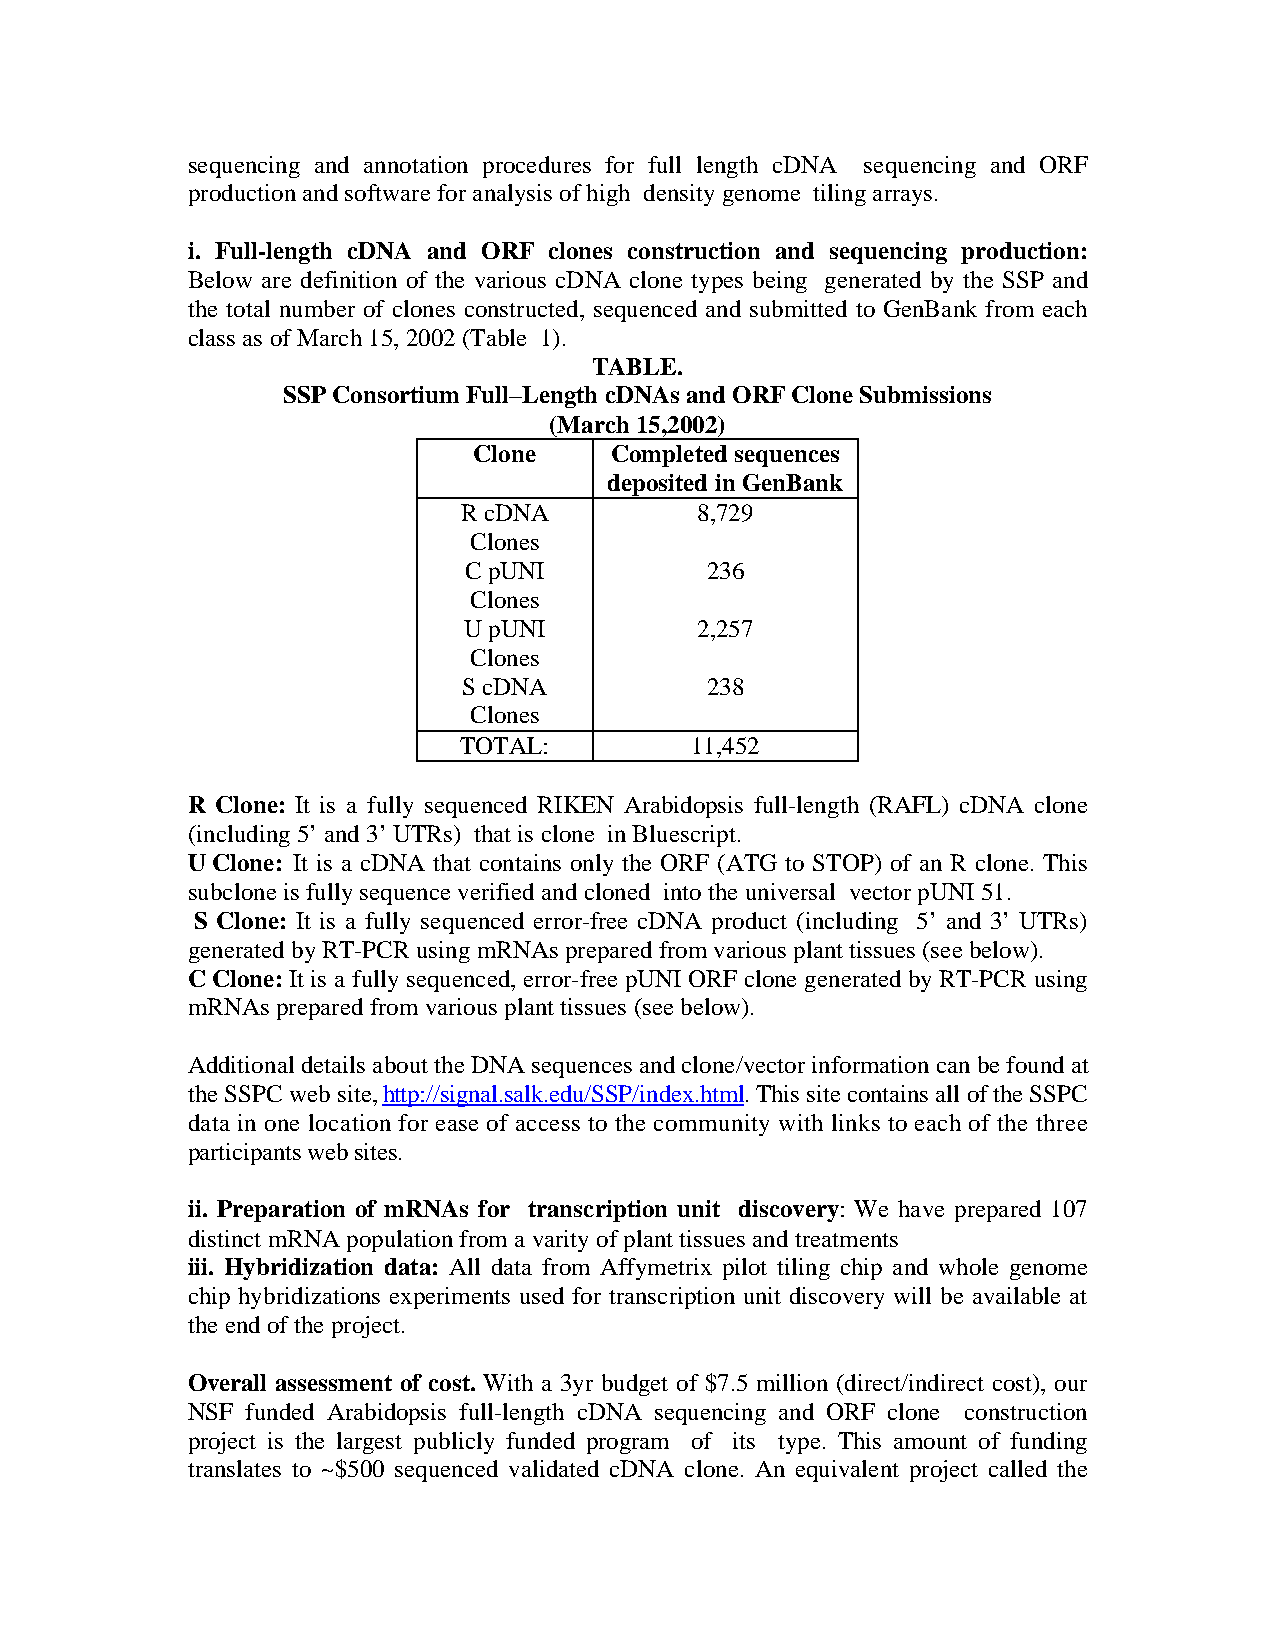
sequencing and annotation procedures for full length cDNA sequencing and ORF
 production and software for analysis of high density genome tiling arrays.
 i. Full-length cDNA and ORF clones construction and sequencing production:
 Below are definition of the various cDNA clone types being generated by the SSP and
 the total number of clones constructed, sequenced and submitted to GenBank from each
 class as of March 15, 2002 (Table 1).
 TABLE.
 SSP Consortium Full–Length cDNAs and ORF Clone Submissions
 (March 15,2002)
 Clone    Completed sequences
 deposited in GenBank
 R cDNA          8,729
 Clones
 C pUNI          236
 Clones
 U pUNI         2,257
 Clones
 S cDNA          238
 Clones
 TOTAL:          11,452
 R Clone: It is a fully sequenced RIKEN Arabidopsis full-length (RAFL) cDNA clone
 (including 5’ and 3’ UTRs) that is clone in Bluescript.
 U Clone: It is a cDNA that contains only the ORF (ATG to STOP) of an R clone. This
 subclone is fully sequence verified and cloned into the universal vector pUNI 51.
 S Clone: It is a fully sequenced error-free cDNA product (including 5’ and 3’ UTRs)
 generated by RT-PCR using mRNAs prepared from various plant tissues (see below).
 C Clone: It is a fully sequenced, error-free pUNI ORF clone generated by RT-PCR using
 mRNAs prepared from various plant tissues (see below).
 Additional details about the DNA sequences and clone/vector information can be found at
 the SSPC web site, http://signal.salk.edu/SSP/index.html. This site contains all of the SSPC
 data in one location for ease of access to the community with links to each of the three
 participants web sites.
 ii. Preparation of mRNAs for transcription unit discovery: We have prepared 107
 distinct mRNA population from a varity of plant tissues and treatments
 iii. Hybridization data: All data from Affymetrix pilot tiling chip and whole genome
 chip hybridizations experiments used for transcription unit discovery will be available at
 the end of the project.
 Overall assessment of cost. With a 3yr budget of $7.5 million (direct/indirect cost), our
 NSF funded Arabidopsis full-length cDNA sequencing and ORF clone construction
 project is the largest publicly funded program of its type. This amount of funding
 translates to ~$500 sequenced validated cDNA clone. An equivalent project called the